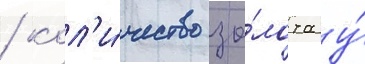
/ кол'и́чество зо́лота у́